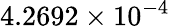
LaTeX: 4.2692\times 10^{-4}